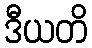
ဒီယတိ